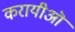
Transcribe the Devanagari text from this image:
करायीऒ